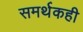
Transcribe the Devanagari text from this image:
समर्थकही